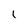
Character: 1